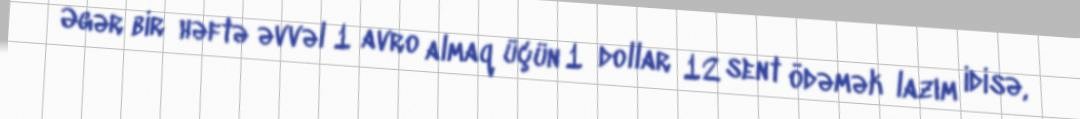
Əgər bir həftə əvvəl 1 avro almaq üçün 1 dollar 12 sent ödəmək lazım idisə,